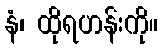
နံ၊ ထိုရဟန်းကို။